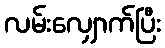
လမ်းလျှောက်ပြီး